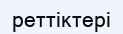
реттіктері